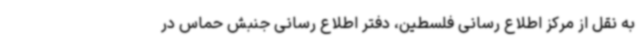
به نقل از مرکز اطلاع رسانی فلسطین، دفتر اطلاع رسانی جنبش حماس در